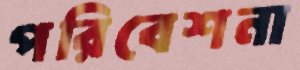
পরিবেশনা